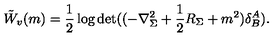
\tilde { W } _ { v } ( m ) = \frac 1 2 \log \det ( ( - \nabla _ { \Sigma } ^ { 2 } + \frac 1 2 R _ { \Sigma } + m ^ { 2 } ) \delta _ { B } ^ { A } ) .